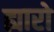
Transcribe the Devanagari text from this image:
ह्यारो